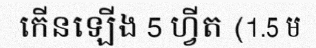
កើនឡើង 5 ហ្វីត (1.5 ម